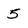
Character: 5